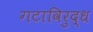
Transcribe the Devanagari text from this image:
गटाविरुद्ध